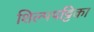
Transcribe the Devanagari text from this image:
शिल्पपट्टिका